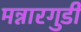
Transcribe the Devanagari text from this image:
मन्नारगुडी